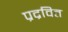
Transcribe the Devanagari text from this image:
प्रद्रवित